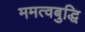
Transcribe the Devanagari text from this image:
ममत्वबुद्धि